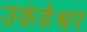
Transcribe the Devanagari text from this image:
उकंडेश्वर